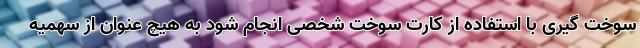
سوخت گیری با استفاده از کارت سوخت شخصی انجام شود به هیچ عنوان از سهمیه